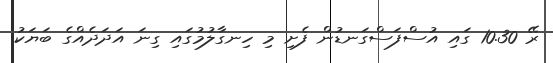
ރޭ 10.30 ގައި އުސްފަސްގަނޑުން ފެށި މި ހިނގާލުމުގައި ގިނަ އަދަދެއްގެ ބަޔަކު